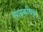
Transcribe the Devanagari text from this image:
सादकबिया